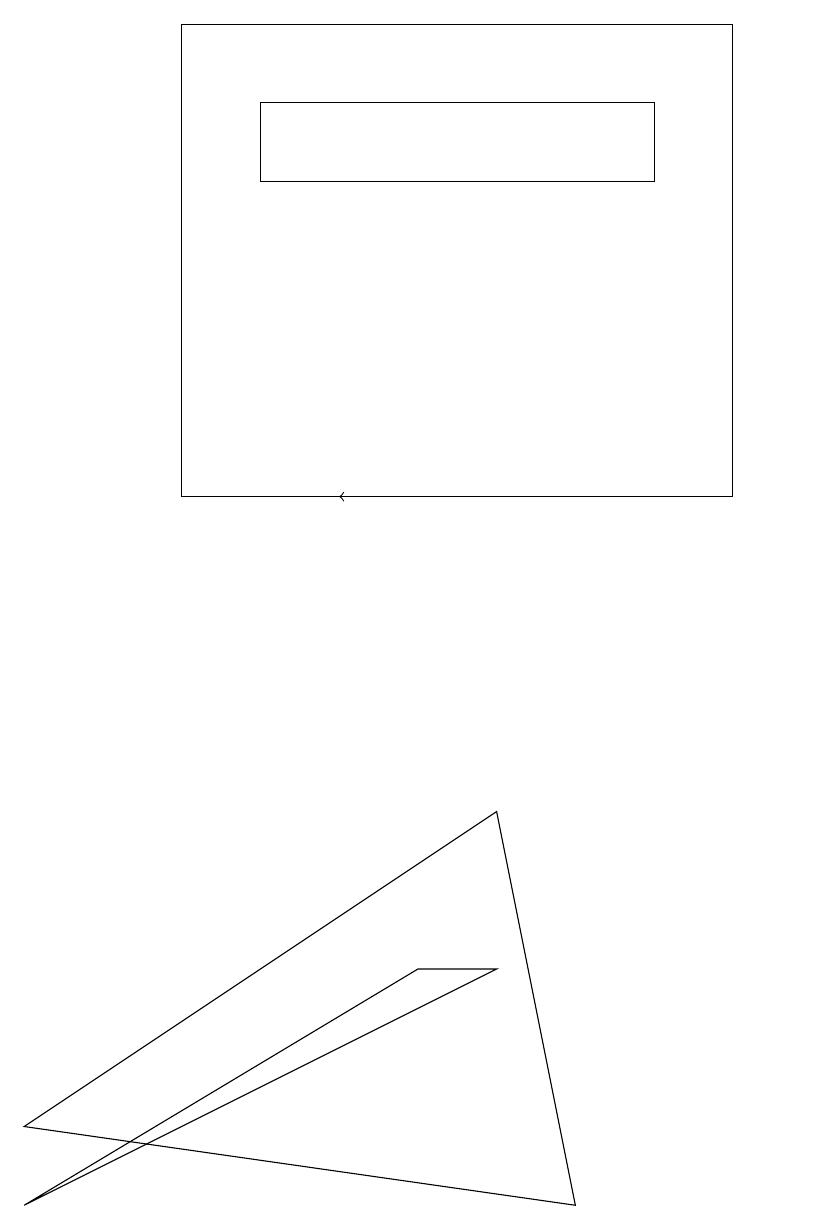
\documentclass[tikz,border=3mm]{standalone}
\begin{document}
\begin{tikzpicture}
\draw[->] (6,10) -- (4,10);
\draw (2,16) rectangle (9,10);
\draw (0,2) -- (6,6) -- (7,1) -- cycle;
\draw (5,4) -- (0,1) -- (6,4) -- cycle;
\draw (3,15) rectangle (8,14);
\draw (10,12) circle (0);
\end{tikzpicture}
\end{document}